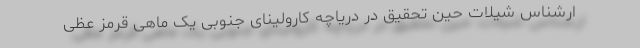
ارشناس شیلات حین تحقیق در دریاچه کارولینای جنوبی یک ماهی قرمز عظی